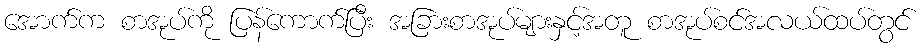
အောက်က စာအုပ်ကို ပြန်ကောက်ပြီး အခြားစာအုပ်များနှင့်အတူ စာအုပ်စင်အလယ်ထပ်တွင်